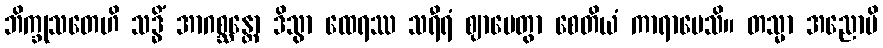
ဘိက္ခုသတေဟိ သဒ္ဓိံ အာဂစ္ဆန္တော ဒိသွာ ထေရဿ သရီရံ ဈာပေတွာ စေတိယံ ကာရာပေသိ။ တသ္မာ အညောပိ